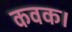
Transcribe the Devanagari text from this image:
कवक।